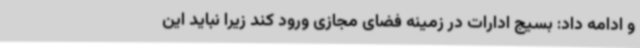
و ادامه داد: بسیج ادارات در زمینه فضای مجازی ورود کند زیرا نباید این